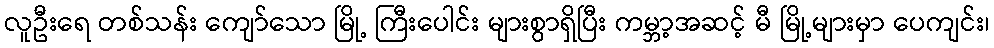
လူဦးရေ တစ်သန်း ကျော်သော မြို့ ကြီးပေါင်း များစွာရှိပြီး ကမ္ဘာ့အဆင့် မီ မြို့များမှာ ပေကျင်း၊